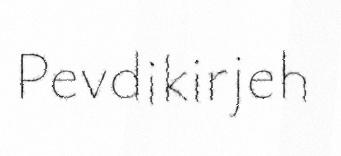
Pevdikirjeh